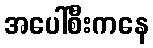
အပေါ်စီးကနေ